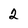
Character: 2